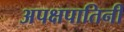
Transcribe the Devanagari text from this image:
अपक्षपातिनी